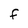
Character: F